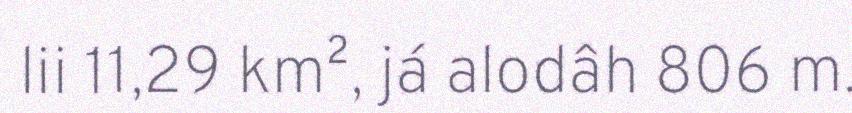
lii 11,29 km², já alodâh 806 m.